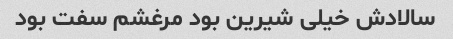
سالادش خیلی شیرین بود مرغشم سفت بود